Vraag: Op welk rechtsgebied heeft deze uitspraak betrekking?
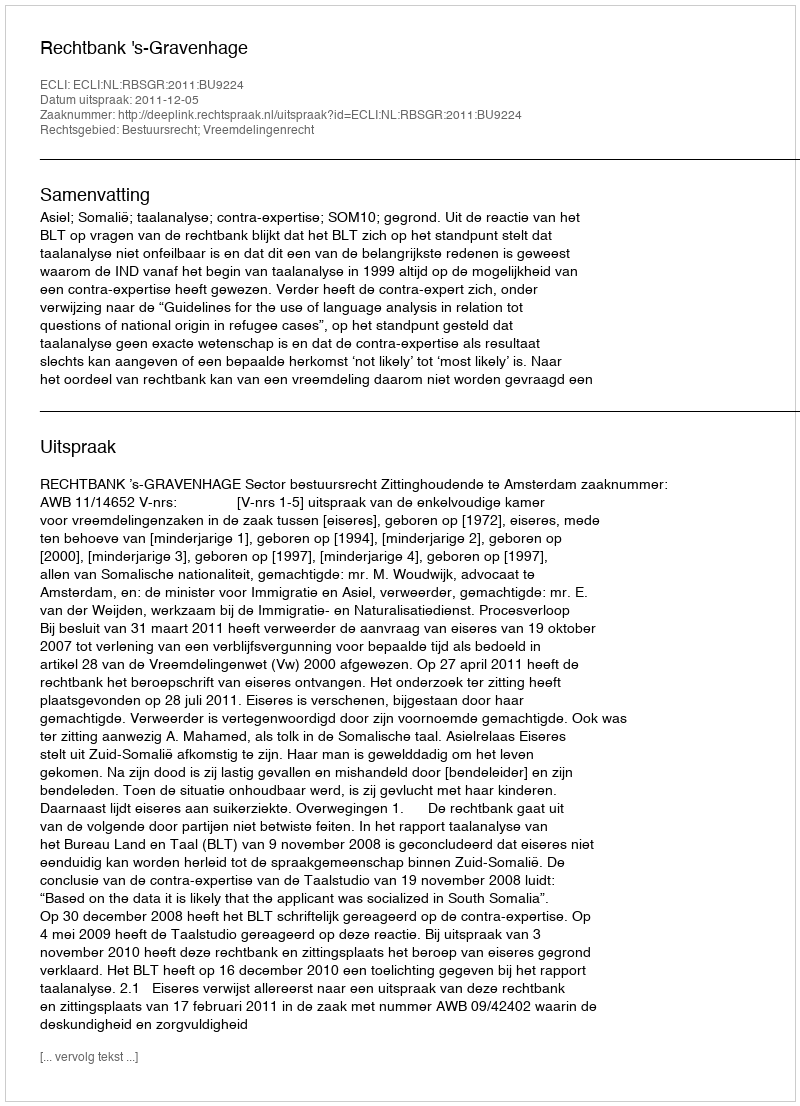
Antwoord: Bestuursrecht; Vreemdelingenrecht